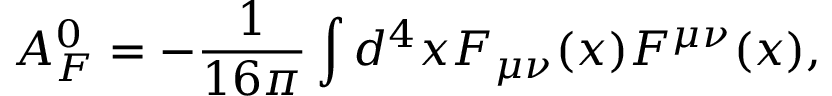
{ \cal A } _ { F } ^ { 0 } = - \frac { 1 } { 1 6 \pi } \int d ^ { 4 } x F _ { \mu \nu } ( x ) F ^ { \mu \nu } ( x ) ,